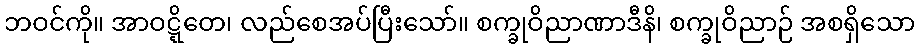
ဘဝင်ကို။ အာဝဋ္ဋိတေ၊ လည်စေအပ်ပြီးသော်။ စက္ခုဝိညာဏာဒီနိ၊ စက္ခုဝိညာဉ် အစရှိသော